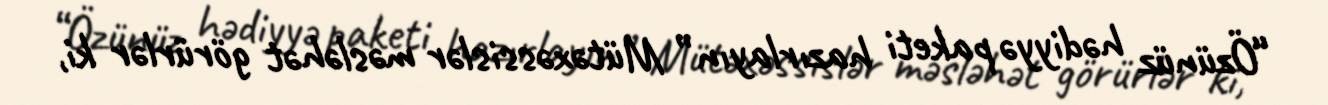
“Özünüz hədiyyə paketi hazırlayın” Mütəxəssislər məsləhət görürlər ki,